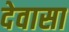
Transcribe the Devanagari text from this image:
देवासा